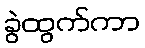
ခွဲထွက်ကာ